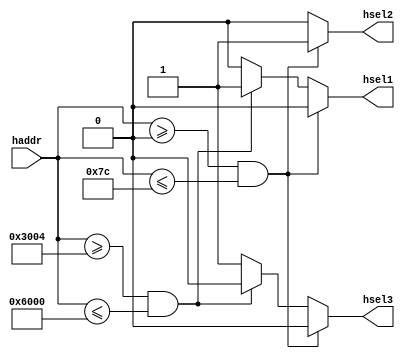
/*==============================================================================*/
// This confidential and proprietary software may be used only as authorized by 
// a licensing agreement from Arasan Chip Systems Inc.                          
// IN the event of publication the following notice is applicable              
//                                                                              
// Copyright (c) 2014 Arasan Chip Systems Inc. All Rights Reserved              
//                                                                              
// The entire notice above must be reproduced on all authorized copies          
// 
// Version     : v1p2
// Abstract    : This model decodes the the corresponding slave among the multiple 
//               slaves for read and write opration
//
// Modification History
// Date     By    Version                             Change Description
/*==============================================================================


================================================================================*/
//Release Name                              : Date(DD/MM/YYYY)
//RELEASE_CSI2TX_8DL_1CL_AHB_v1p3_140627    : 27/06/2014
//==============================================================================*/
`timescale 1 ps / 1 ps
module csi2tx_ahb_decoder
    (
        //INPUT SIGNALS
        input     [31:0]        haddr , // 32-BIT SYSTEM ADDR BUS

        //OUTPUT SIGNALS
        output    reg           hsel1 , // SLAVE SELECT 1
        output    reg           hsel2 , // SLAVE SELECT 2
        output    reg           hsel3   // SLAVE SELECT 3
    );

 //========================================================//
 //  LOGIC TO SELECT THE SLAVE DEPENDS ON ADDRESS PRIORITY 
 //========================================================//
  
     always @(haddr)
       begin
         if (haddr >= 32'h00 && haddr <= 32'h0000007c)
           begin
             hsel1 <= 1'b0;
             hsel2 <= 1'b1;
             hsel3 <= 1'b0;
           end
         else if ( haddr >= 32'h00003004 && haddr <=32'h00006000)
           begin
             hsel1 <= 1'b1;
             hsel2 <= 1'b0;
             hsel3 <= 1'b0;
           end
         else
           begin
             hsel1 <= 1'b0;
             hsel2 <= 1'b0;
             hsel3 <= 1'b1;
           end
       end

endmodule